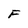
Character: F